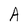
Character: A